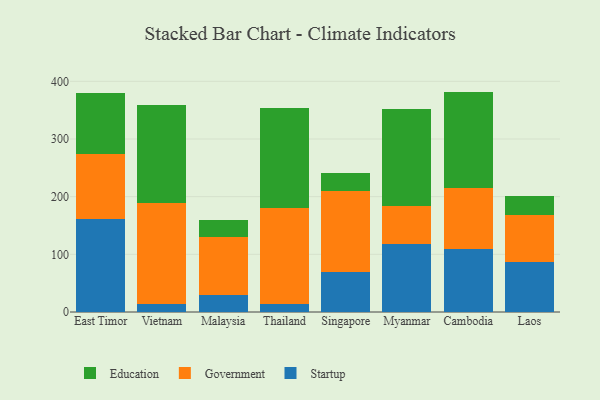
{"axis": {"x": "Country", "y": "Churn Rate (%)"}, "legend": ["Education", "Government", "Startup"], "data": [{"x": "East Timor", "y": 160.8, "type": "Startup"}, {"x": "East Timor", "y": 112.9, "type": "Government"}, {"x": "East Timor", "y": 106.9, "type": "Education"}, {"x": "Vietnam", "y": 13.8, "type": "Startup"}, {"x": "Vietnam", "y": 174.9, "type": "Government"}, {"x": "Vietnam", "y": 169.5, "type": "Education"}, {"x": "Malaysia", "y": 30.0, "type": "Startup"}, {"x": "Malaysia", "y": 100.4, "type": "Government"}, {"x": "Malaysia", "y": 29.2, "type": "Education"}, {"x": "Thailand", "y": 13.5, "type": "Startup"}, {"x": "Thailand", "y": 166.8, "type": "Government"}, {"x": "Thailand", "y": 174.2, "type": "Education"}, {"x": "Singapore", "y": 68.8, "type": "Startup"}, {"x": "Singapore", "y": 141.9, "type": "Government"}, {"x": "Singapore", "y": 29.5, "type": "Education"}, {"x": "Myanmar", "y": 118.1, "type": "Startup"}, {"x": "Myanmar", "y": 66.4, "type": "Government"}, {"x": "Myanmar", "y": 167.2, "type": "Education"}, {"x": "Cambodia", "y": 109.1, "type": "Startup"}, {"x": "Cambodia", "y": 106.0, "type": "Government"}, {"x": "Cambodia", "y": 167.1, "type": "Education"}, {"x": "Laos", "y": 87.3, "type": "Startup"}, {"x": "Laos", "y": 80.2, "type": "Government"}, {"x": "Laos", "y": 33.4, "type": "Education"}]}